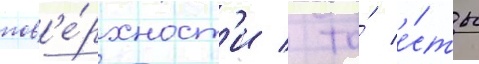
пов'е́рхност'и / то́ е́сть